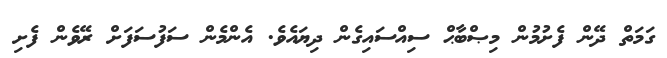
ގަމަތް ދޭން ފެށުމުން މިޞްބާޙް ސިއްސައިގެން ދިޔައެވެ. އެންމެން ސަފުސަފަށް ރޭވެން ފެށި